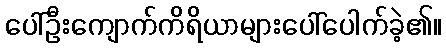
ပေါ်ဦးကျောက်ကိရိယာများပေါ်ပေါက်ခဲ့၏။